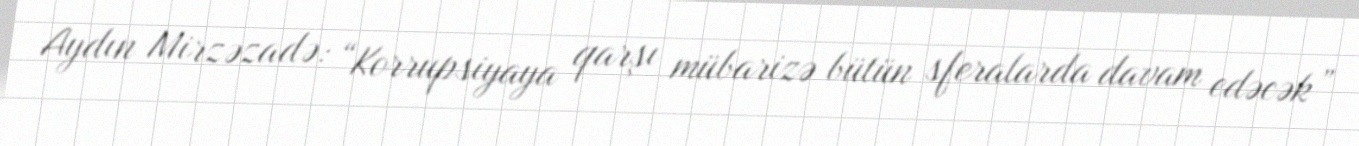
Aydın Mirzəzadə: “Korrupsiyaya qarşı mübarizə bütün sferalarda davam edəcək”